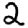
Digit: 2